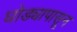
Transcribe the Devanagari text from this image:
घोड्यापासून